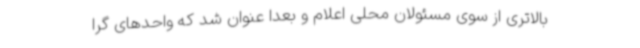
بالاتری از سوی مسئولان محلی اعلام و بعداً عنوان شد که واحدهای گرا